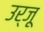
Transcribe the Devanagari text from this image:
उर्जू